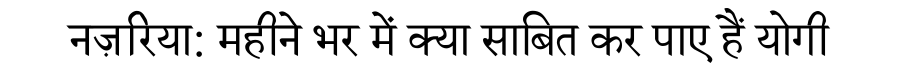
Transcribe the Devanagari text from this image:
नज़रिया: महीने भर में क्या साबित कर पाए हैं योगी